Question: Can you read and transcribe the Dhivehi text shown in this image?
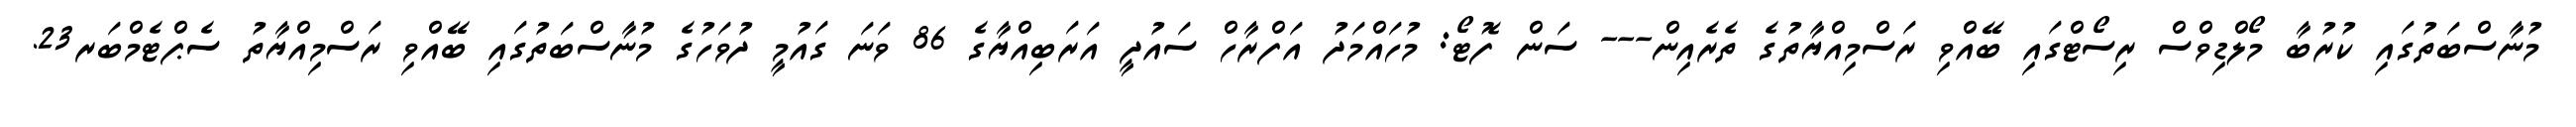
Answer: މުނާސްބަތުގައި ކުރުބާ މޯލްޑިވްސް ރިސޯޓްގައި ބޭއްވި ރަސްމިއްޔާތުގެ ތެރެއިން--- ސަން ފޮޓޯ: މުހައްމަދު އަފްރާހް ސައުދީ އަރަބިއްޔާގެ 86 ވަނަ ގައުމީ ދުވަހުގެ މުނާސްބަތުގައި ބޭއްވި ރަސްމިއްޔާތު ސެޕްޓެމްބަރ23.